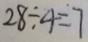
2 8 \div 4 = 7